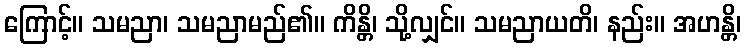
ကြောင့်။ သမညာ၊ သမညာမည်၏။ ကိန္တိ၊ သို့လျှင်။ သမညာယတိ၊ နည်း။ အဟန္တိ၊